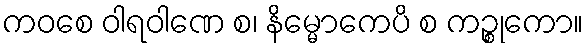
ကဝစေ ဝါရဝါဏေ စ၊ နိမ္မောကေပိ စ ကဉ္စုကော။